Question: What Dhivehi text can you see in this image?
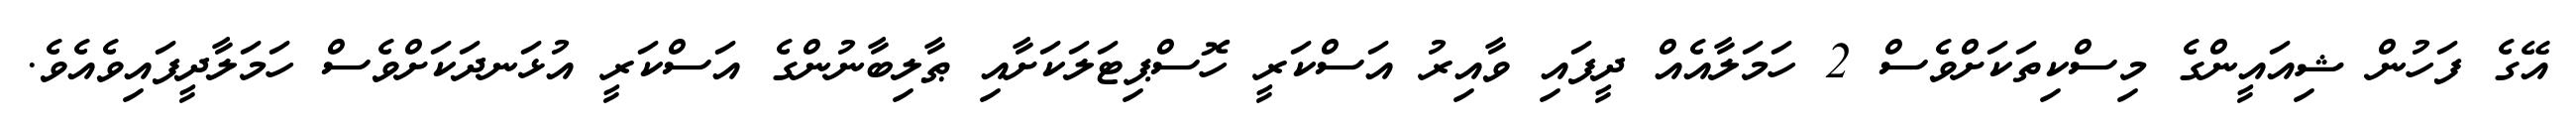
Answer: އޭގެ ފަހުން ޝިއައީންގެ މިސްކިތަކަށްވެސް 2 ހަމަލާއެއް ދީފައި ވާއިރު އަސްކަރީ ހޮސްޕިޓަލަކަށާއި ޠާލިބާނުންގެ އަސްކަރީ އުޅަނދަކަށްވެސް ހަމަލާދީފައިވެއެވެ.